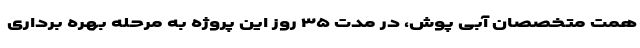
همت متخصصان آبی پوش، در مدت ۳۵ روز این پروژه به مرحله بهره برداری